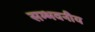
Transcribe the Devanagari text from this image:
सम्भवनीय